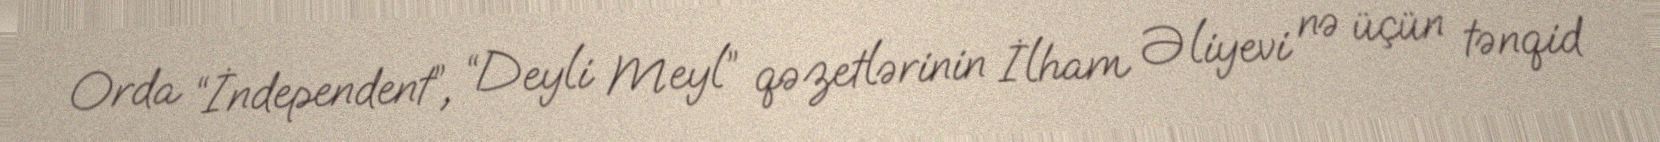
Orda “İndependent”, “Deyli Meyl” qəzetlərinin İlham Əliyevi nə üçün tənqid